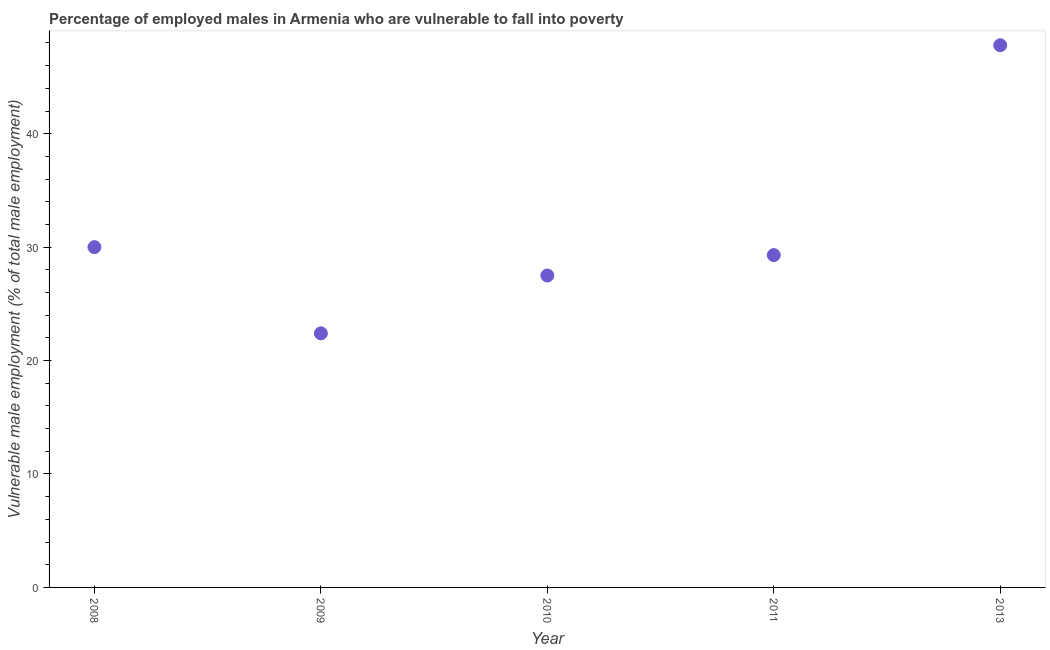
| Year | Percentage of employed males who are vulnerable to fall into poverty |
 | --- | --- |
 | 2008 | 30 |
 | 2009 | 22.4 |
 | 2010 | 27.5 |
 | 2011 | 29.3 |
 | 2013 | 47.8 |